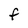
Character: f